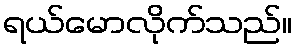
ရယ်မောလိုက်သည်။